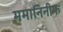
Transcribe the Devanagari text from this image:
ममानिनीफ